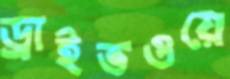
ড্রাইভওয়ে